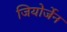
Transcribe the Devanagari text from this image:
जियोर्जेन